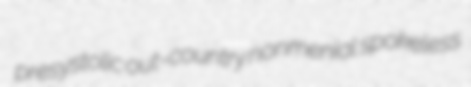
presystolic out-country nonmenial spokeless